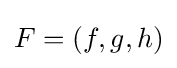
F=(f,g,h)